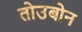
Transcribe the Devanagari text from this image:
तोउबोन